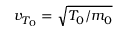
v _ { T _ { 0 } } = \sqrt { T _ { 0 } / m _ { 0 } }